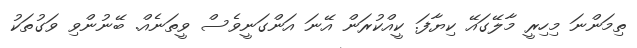
ތިމަންނަ މިހިރީ މާލޭގައޭ ކިޔާފަ. ކީއްކުރަން އޭނަ އަންގަނީވެސް ވީތަނެއް. ބޭނުންވި ވަގުތަކު